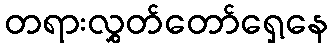
တရားလွှတ်တော်ရှေ့နေ